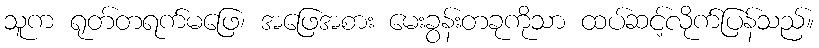
သူက ရုတ်တရက်မဖြေ၊ အဖြေအစား မေးခွန်းတခုကိုသာ ထပ်ဆင့်လိုက်ပြန်သည်။